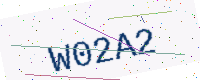
Text: W02A2